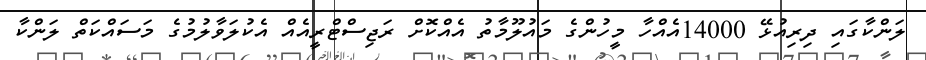
ލަންކާގައި ދިރިއުޅޭ 14000އެއްހާ މީހުންގެ މައުލޫމާތު އެއްކޮށް ރަޖިސްޓްރީއެއް އެކުލަވާލުމުގެ މަސައްކަތް ލަންކާ